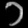
Digit: ၁